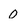
Character: 0